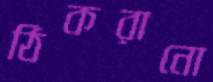
ঠিকরানো